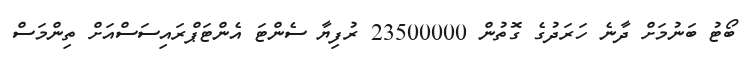
ބޯޓު ބަނުމަށް ދާނެ ހަރަދުގެ ގޮތުން 23500000 ރުފިޔާ ސެންޓަ އެންޓަޕްރައިސަސްއަށް ތިންމަސް